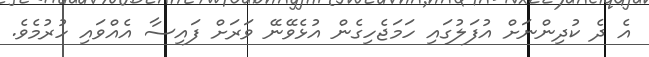
އެ ދެ ކުދިންނަށް އުފަލުގައި ހަމަޖެހިގެން އުޅެވޭނޭ ވަރަށް ފައިސާ އެއްވައި ހުރުމެވެ.